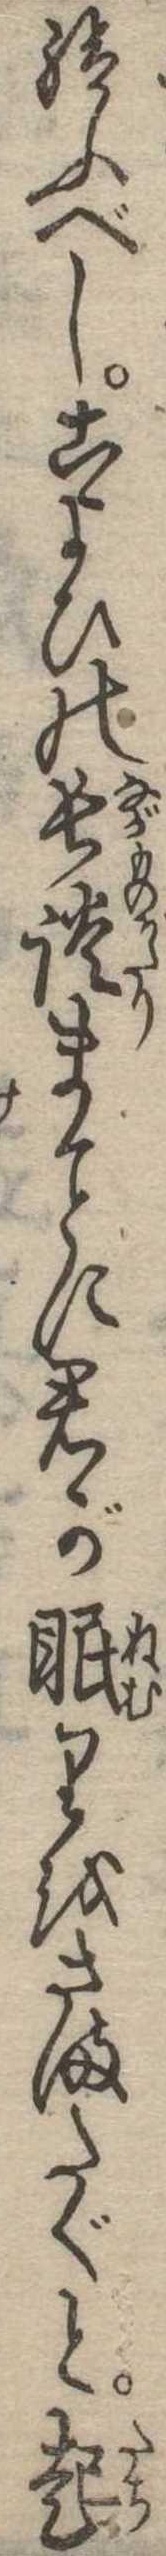
給ふべしこよひの長談まに君が眠りをさまたぐと起